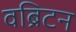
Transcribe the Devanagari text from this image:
वब्रिटन